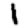
Digit: 1